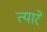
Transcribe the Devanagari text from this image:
त्यारे